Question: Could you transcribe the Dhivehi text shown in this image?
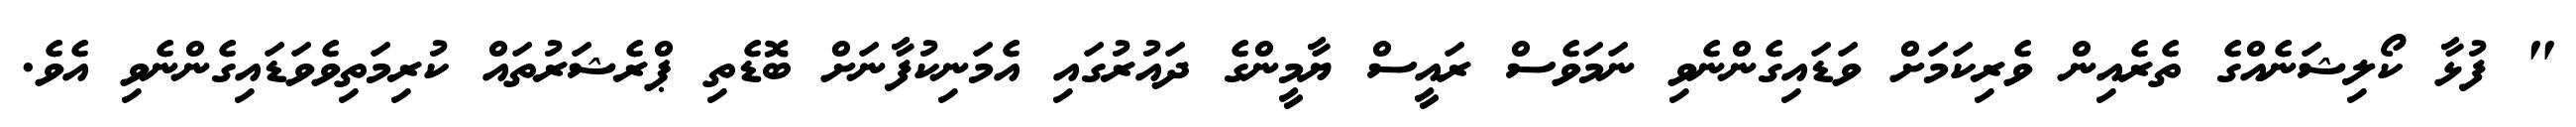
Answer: " ފުޅާ ކޯލިޝަނެއްގެ ތެރެއިން ވެރިކަމަށް ވަޑައިގެންނެވި ނަމަވެސް ރައީސް ޔާމީންގެ ދައުރުގައި އެމަނިކުފާނަށް ބޮޑެތި ޕްރެޝަރުތައް ކުރިމަތިވެވަޑައިގެންނެވި އެވެ.